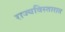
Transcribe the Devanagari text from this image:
राज्यविस्तारात